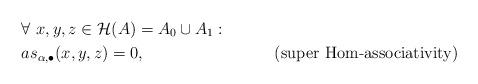
LaTeX: \begin{align*}&\forall \ x, y, z\in\mathcal{H}(A)=A_0\cup A_1: & \\& as_{\alpha,\bullet}(x, y, z)=0, & \mbox{(super Hom-associativity)} \end{align*}